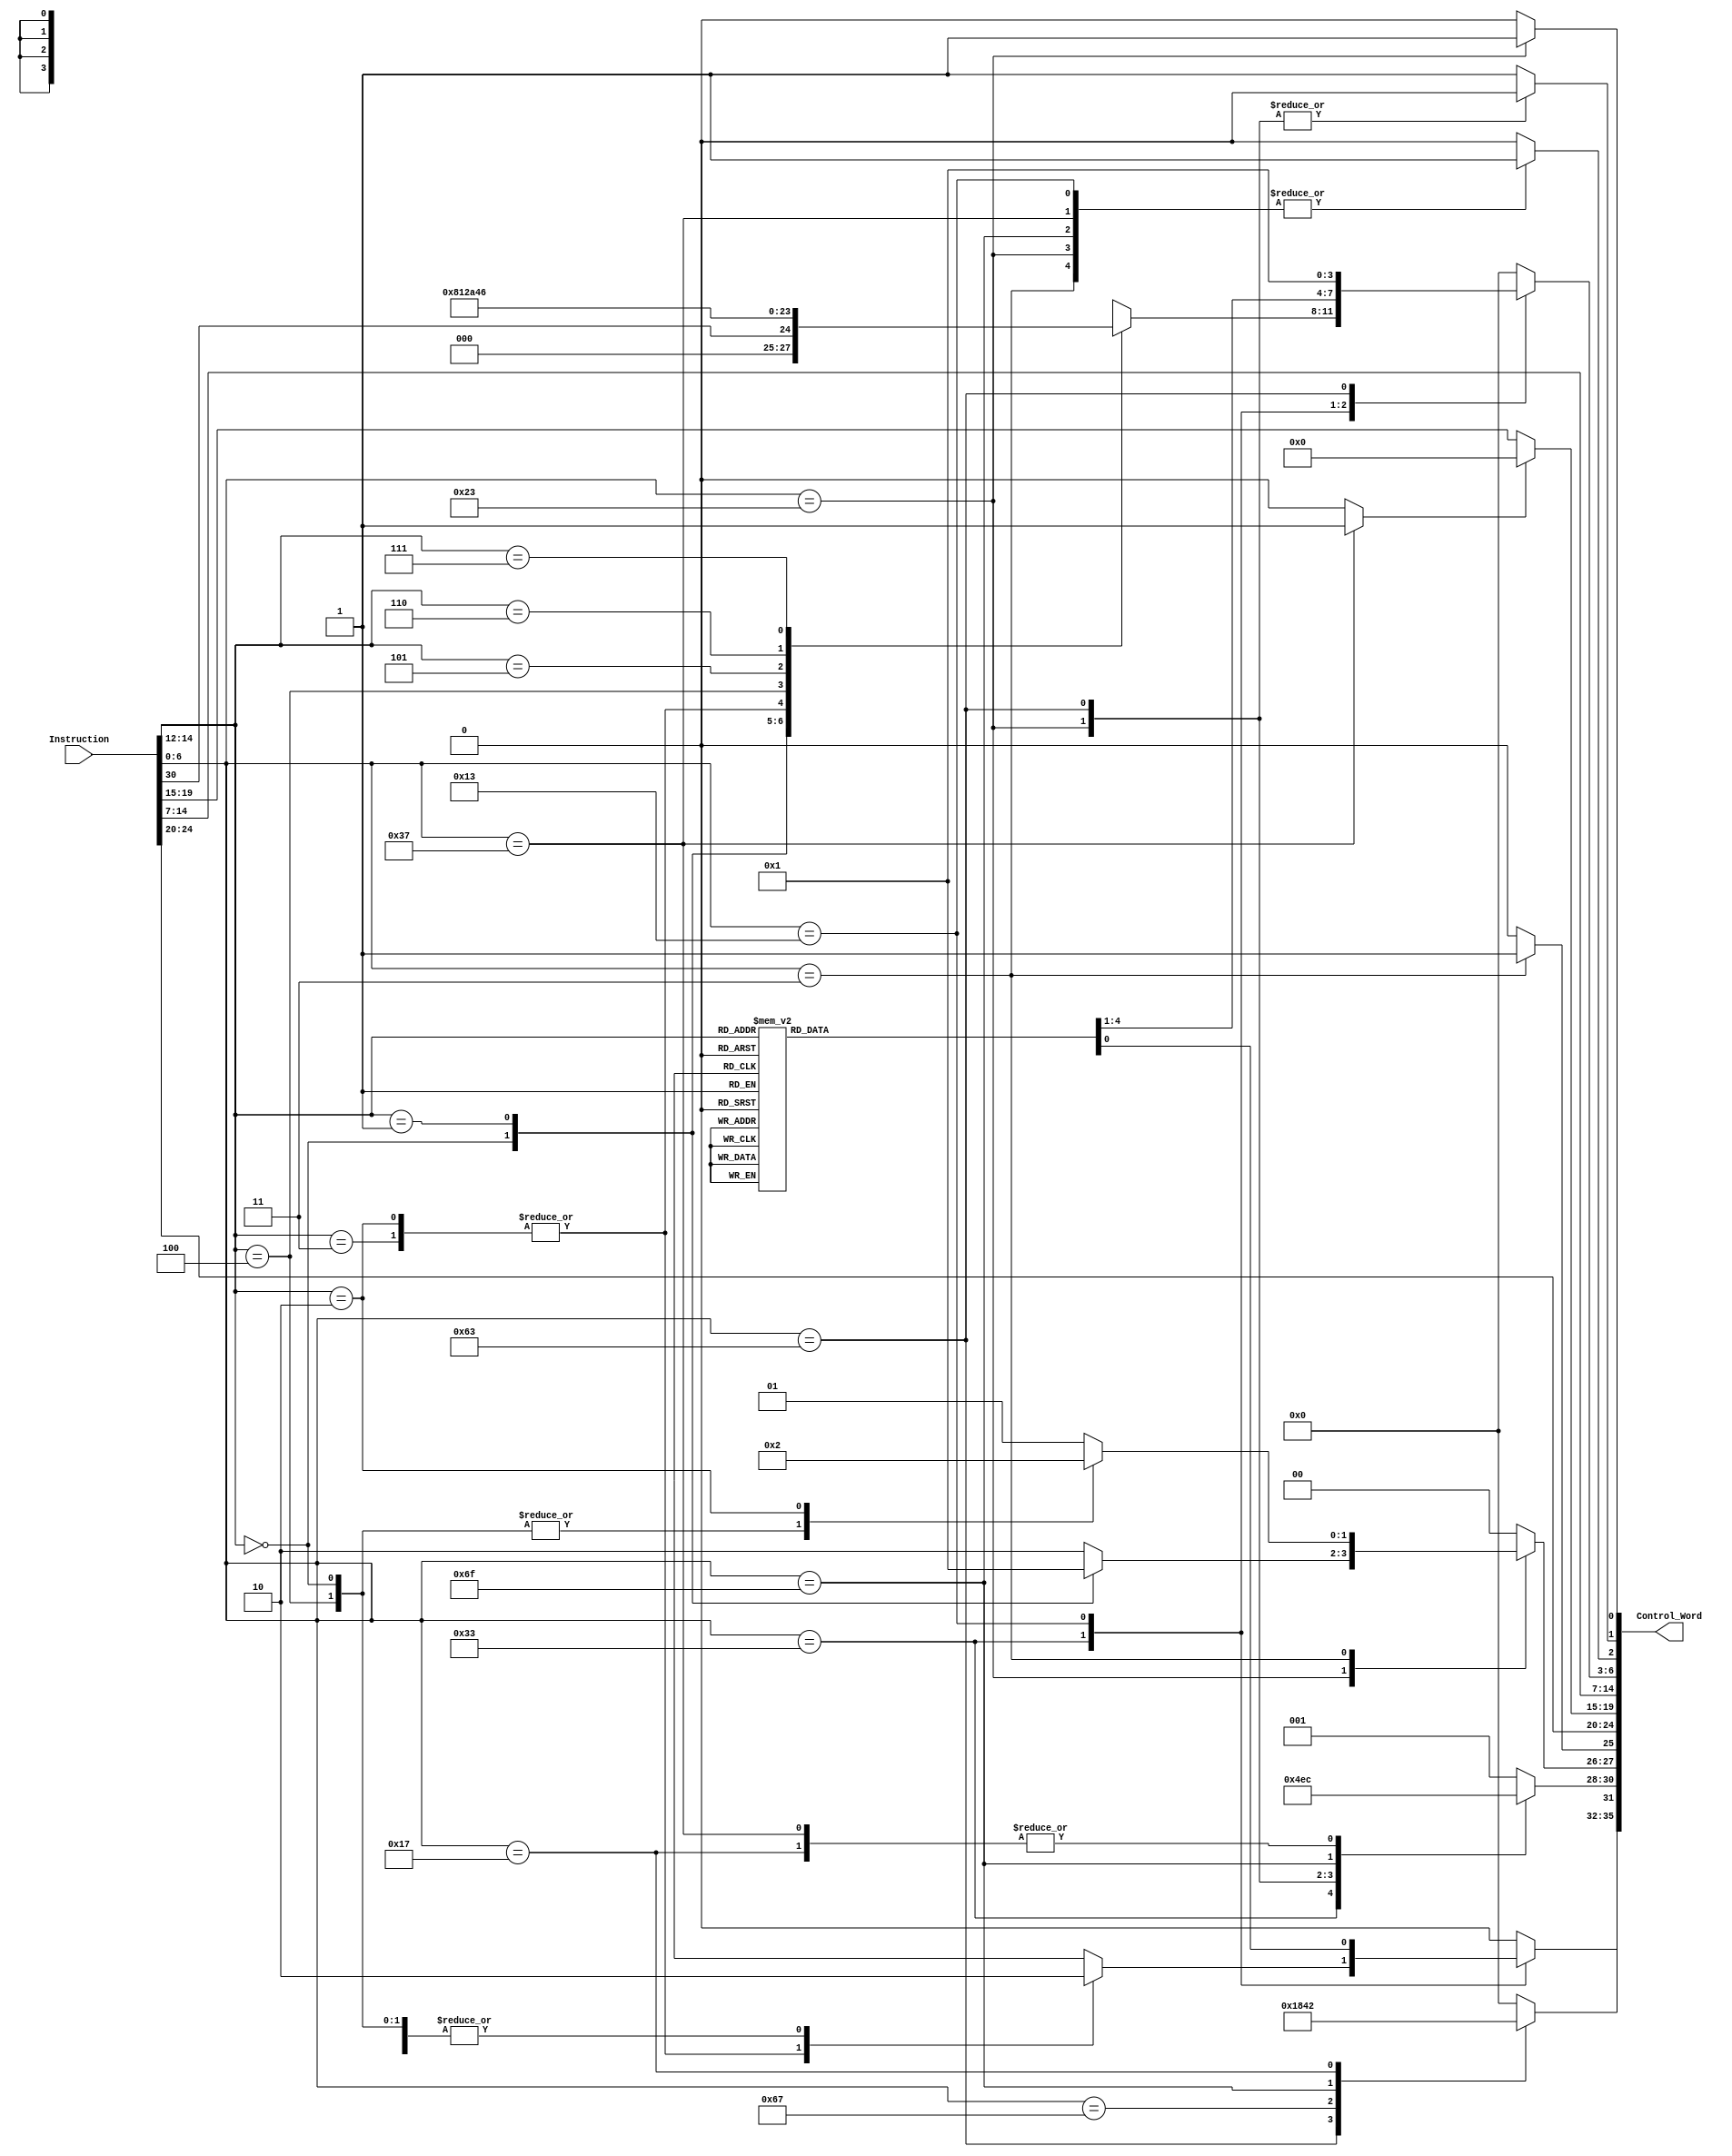
`timescale 1ns / 1ps
module Decoder(
    input  [31:0] Instruction,
    output [35:0] Control_Word
    );
    
localparam BEQ_FUNC3  = 3'b000;
localparam BNE_FUNC3  = 3'b001;
localparam BLT_FUNC3  = 3'b100;
localparam BGE_FUNC3  = 3'b101;
localparam BLTU_FUNC3 = 3'b110;
localparam BGEU_FUNC3 = 3'b111;

localparam LB_FUNC3 = 3'b000;
localparam LH_FUNC3 = 3'b001;
localparam LW_FUNC3 = 3'b010;
localparam LBU_FUNC3 = 3'b100;
localparam LHU_FUNC3 = 3'b101;

localparam SB_FUNC3 = 3'b000;
localparam SH_FUNC3 = 3'b001;
localparam SW_FUNC3 = 3'b010;

//I-Type
localparam ADDI_FUNC3  = 3'b000;
localparam SLTI_FUNC3  = 3'b010;
localparam SLTIU_FUNC3 = 3'b011;
localparam XORI_FUNC3  = 3'b100;
localparam ORI_FUNC3   = 3'b110;
localparam ANDI_FUNC3  = 3'b111;
localparam SLLI_FUNC3 = 3'b001;
localparam SRLI_FUNC3 = 3'b101;
localparam SRAI_FUNC3 = 3'b101;

//R-Type
localparam ADD_FUNC3    = 3'b000;
localparam SUB_FUNC3    = 3'b000;
localparam SLL_FUNC3    = 3'b001;
localparam SLT_FUNC3    = 3'b010;
localparam SLTU_FUNC3   = 3'b011;
localparam XOR_FUNC3    = 3'b100;
localparam SRL_FUNC3    = 3'b101;
localparam SRA_FUNC3    = 3'b101;
localparam OR_FUNC3     = 3'b110;
localparam AND_FUNC3    = 3'b111;

localparam IMM_R_TYPE   = 3'b000;
localparam IMM_I_TYPE   = 3'b001;
localparam IMM_S_TYPE   = 3'b010;
localparam IMM_B_TYPE   = 3'b011;
localparam IMM_U_TYPE   = 3'b100;
localparam IMM_J_TYPE   = 3'b101;

localparam R_TYPE_OPCODE = 7'b0110011;
localparam I_TYPE_OPCODE = 7'b0010011;
localparam STORE_OPCODE  = 7'b0100011;
localparam LOAD_OPCODE   = 7'b0000011;
localparam B_TYPE_OPCODE = 7'b1100011;
localparam JALR_OPCODE   = 7'b1100111;
localparam JAL_OPCODE    = 7'b1101111;
localparam AUIPC_OPCODE  = 7'b0010111;
localparam LUI_OPCODE    = 7'b0110111;

reg     [3:0]   branch_select;
reg             SLT_Select;
reg     [2:0]   Imm_Type;
reg     [1:0]   Write_Strobe;
reg             Mux_D_Select;
wire    [4:0]   RS2;
wire    [4:0]   RS1;
wire    [2:0]   func3;
wire    [4:0]   RD;
reg     [3:0]   F_Select;
reg             Mux_B_Select;
reg             Reg_RW;
reg             Mem_RW;
reg             LUI;
wire    [6:0]   Instruction_opcode = Instruction[6:0];
wire    [2:0]   Instruction_func3  = Instruction[14:12];

assign RS1      = LUI ? 5'd0 : Instruction[19:15];
assign RS2      = Instruction[24:20];
assign RD       = Instruction[11:7];
assign func3    = Instruction[14:12];

assign Control_Word = {branch_select, SLT_Select, Imm_Type, Write_Strobe, Mux_D_Select, RS2, RS1, func3, 
                       RD, F_Select, Mux_B_Select, Reg_RW, Mem_RW};
//BRANCH SELECT AYARLA

always @(*) begin   
    SLT_Select      = 1'b0;  
    LUI             = 1'b0;  
    branch_select   = 4'd0;
    Write_Strobe    = 2'b00; 
    Imm_Type        = IMM_I_TYPE;
    Mux_D_Select    = 1'b0;
    Mux_B_Select    = 1'b0;
    Reg_RW          = 1'b1;
    Mem_RW          = 1'b0;   
    F_Select        = 4'b0000;            
    case (Instruction_opcode)
        R_TYPE_OPCODE: begin
            Imm_Type        = IMM_R_TYPE;
            case (Instruction_func3)
                ADD_FUNC3, SUB_FUNC3: F_Select = {3'b000, Instruction[30]};
                SLL_FUNC3: F_Select = 4'b1000;
                SLT_FUNC3, SLTU_FUNC3: begin F_Select = 4'b0001; SLT_Select = 1'b1; end
                XOR_FUNC3: F_Select = 4'b0010;
                SRL_FUNC3: F_Select = 4'b1010;
                SRA_FUNC3: F_Select = 4'b1100;
                OR_FUNC3:  F_Select = 4'b0100;
                AND_FUNC3: F_Select = 4'b0110;
                default: F_Select = 4'b0000;
            endcase        
        end
        I_TYPE_OPCODE: begin
            Imm_Type        = IMM_I_TYPE;
            Mux_B_Select    = 1'b1;
            case (Instruction_func3)
                ADDI_FUNC3: F_Select = 4'b0000;
                SLTI_FUNC3, SLTIU_FUNC3: begin F_Select = 4'b0001; SLT_Select = 1'b1; end
                XORI_FUNC3: F_Select = 4'b0010;
                ORI_FUNC3:  F_Select = 4'b0100;
                ANDI_FUNC3: F_Select = 4'b0110;
                SLLI_FUNC3: F_Select = 4'b1000;
                SRLI_FUNC3: F_Select = 4'b1010;
                SRAI_FUNC3: F_Select = 4'b1100;
                default: F_Select = 4'b0000;
            endcase
        end
        STORE_OPCODE: begin
            Imm_Type        = IMM_S_TYPE;
            Mux_B_Select    = 1'b1;
            Reg_RW          = 1'b0;
            Mem_RW          = 1'b1;
            case (Instruction_func3)
                SB_FUNC3:   Write_Strobe = 2'b00;
                SH_FUNC3:   Write_Strobe = 2'b01;
                SW_FUNC3:   Write_Strobe = 2'b10;
                default:    Write_Strobe = 2'b10;
            endcase   
        end
        LOAD_OPCODE: begin
            Imm_Type        = IMM_I_TYPE;
            Mux_D_Select    = 1'b1;
            Mux_B_Select    = 1'b1;
            case (Instruction_func3)
                LB_FUNC3, LBU_FUNC3:   Write_Strobe = 2'b00;
                LH_FUNC3, LHU_FUNC3:   Write_Strobe = 2'b01;
                LW_FUNC3:              Write_Strobe = 2'b10;
                default:               Write_Strobe = 2'b01;
            endcase
        end
        B_TYPE_OPCODE: begin
            Imm_Type        = IMM_B_TYPE;
            Reg_RW          = 1'b0;
            F_Select        = 4'b0001;
            branch_select   = 4'b0001;
        end
        JALR_OPCODE: begin //
            Imm_Type        = IMM_I_TYPE;
            branch_select   = 4'b1000;
        end
        JAL_OPCODE: begin //
            Imm_Type        = IMM_J_TYPE;
            branch_select   = 4'b0100;
            Mux_B_Select    = 1'b1;
        end
        AUIPC_OPCODE: begin //
            Imm_Type        = IMM_U_TYPE;
            branch_select   = 4'b0010;
        end
        LUI_OPCODE: begin //
            Imm_Type        = IMM_U_TYPE;
            Mux_B_Select    = 1'b1;
            LUI             = 1'b1;
        end
        default: begin//eklemeleri yap
            SLT_Select      = 1'b0;  
            LUI             = 1'b0;  
            branch_select   = 4'd0;
            Write_Strobe    = 2'b00; 
            Imm_Type        = IMM_I_TYPE;
            Mux_D_Select    = 1'b0;
            Mux_B_Select    = 1'b0;
            Reg_RW          = 1'b1;
            Mem_RW          = 1'b0;   
            F_Select        = 4'b0000; 
        end
    endcase
end 
endmodule